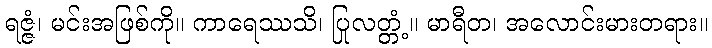
ရဇ္ဇံ၊ မင်းအဖြစ်ကို။ ကာရေဿသိ၊ ပြုလတ္တံ့။ မာရီတ၊ အလောင်းမားတရား။